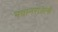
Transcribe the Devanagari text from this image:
भवानरावांनी